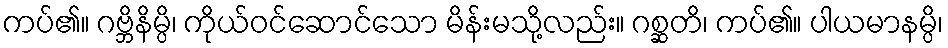
ကပ်၏။ ဂဗ္ဘိနိမ္ပိ၊ ကိုယ်ဝင်ဆောင်သော မိန်းမသို့လည်း။ ဂစ္ဆတိ၊ ကပ်၏။ ပါယမာနမ္ပိ၊